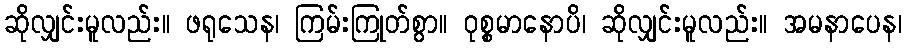
ဆိုလျှင်းမူလည်း။ ဖရုသေန၊ ကြမ်းကြုတ်စွာ။ ဝုစ္စမာနောပိ၊ ဆိုလျှင်းမူလည်း။ အမနာပေန၊